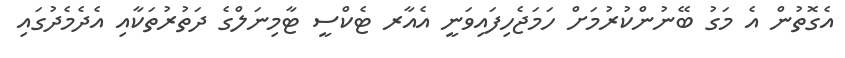
އެގޮތުން އެ މަގު ބޭނުންކުރުމަށް ހަމަޖެހިފައިވަނީ އެއާރ ޓެކްސީ ޓާމިނަލްގެ ދަތުރުތަކާއި އެދެމެދުގައި